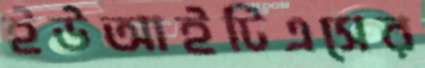
ইউআইটিএসের